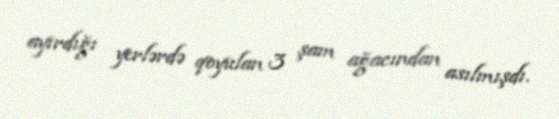
ayırdığı yerlərdə qoyulan 3 şam ağacından asılmışdı.